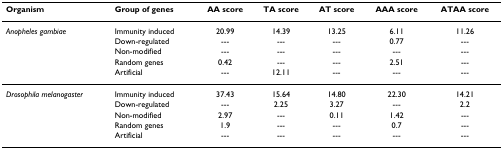
<table><thead><tr><td><b>Organism</b></td><td><b>Group of genes</b></td><td><b>AA score</b></td><td><b>TA score</b></td><td><b>AT score</b></td><td><b>AAA score</b></td><td><b>ATAA score</b></td></tr></thead><tbody><tr><td><i>Anopheles gambiae</i></td><td>Immunity induced</td><td>20.99</td><td>14.39</td><td>13.25</td><td>6.11</td><td>11.26</td></tr><tr><td></td><td>Down-regulated</td><td>---</td><td>---</td><td>---</td><td>0.77</td><td>---</td></tr><tr><td></td><td>Non-modified</td><td>---</td><td>---</td><td>---</td><td>---</td><td>---</td></tr><tr><td></td><td>Random genes</td><td>0.42</td><td>---</td><td>---</td><td>2.51</td><td>---</td></tr><tr><td></td><td>Artificial</td><td>---</td><td>12.11</td><td>---</td><td>---</td><td>---</td></tr><tr><td><i>Drosophila melanogaster</i></td><td>Immunity induced</td><td>37.43</td><td>15.64</td><td>14.80</td><td>22.30</td><td>14.21</td></tr><tr><td></td><td>Down-regulated</td><td>---</td><td>2.25</td><td>3.27</td><td>---</td><td>2.2</td></tr><tr><td></td><td>Non-modified</td><td>2.97</td><td>---</td><td>0.11</td><td>1.42</td><td>---</td></tr><tr><td></td><td>Random genes</td><td>1.9</td><td>---</td><td>---</td><td>0.7</td><td>---</td></tr><tr><td></td><td>Artificial</td><td>---</td><td>---</td><td>---</td><td>---</td><td>---</td></tr></tbody></table>